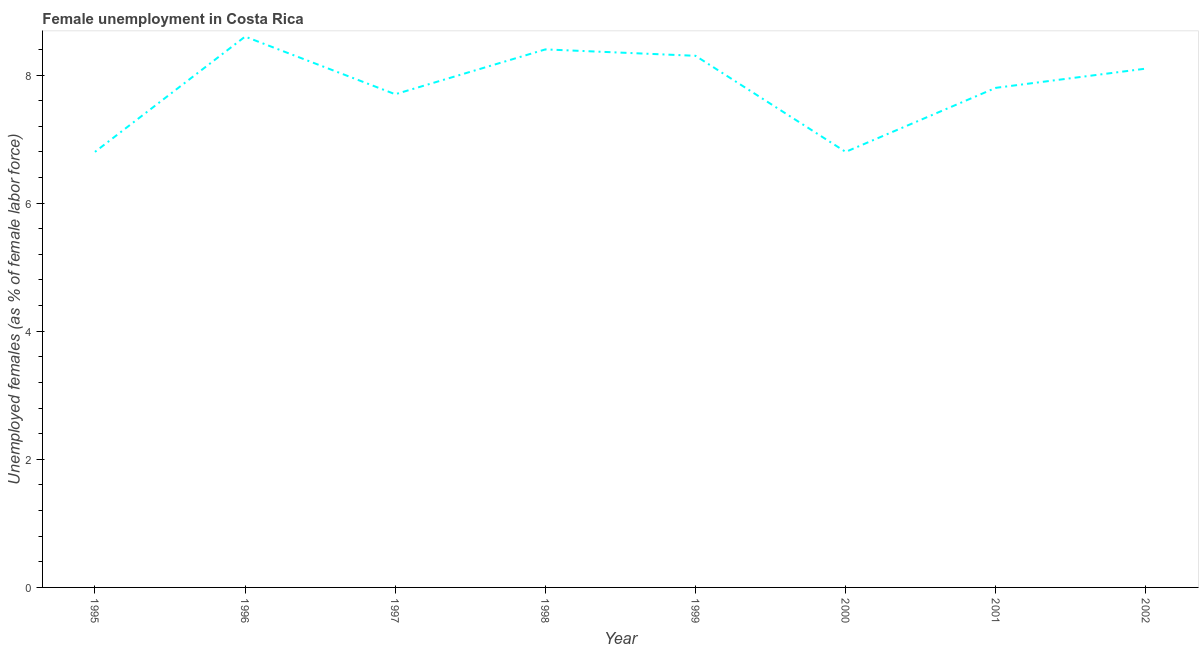
| Year | Unemployment |
 | --- | --- |
 | 1995 | 6.8 |
 | 1996 | 8.6 |
 | 1997 | 7.7 |
 | 1998 | 8.4 |
 | 1999 | 8.3 |
 | 2000 | 6.8 |
 | 2001 | 7.8 |
 | 2002 | 8.1 |